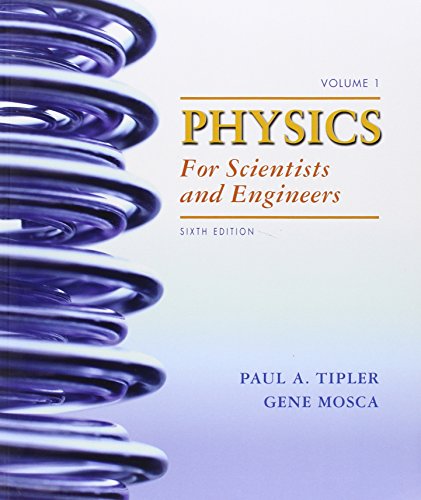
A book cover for Physics for Scientists and Engineers, Vol. 1, 6th: Mechanics, Oscillations and Waves, Thermodynamics,; Paul A. Tipler; Science & Math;